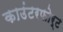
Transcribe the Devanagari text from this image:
काउंटरफोर्ट